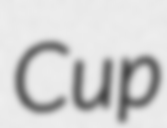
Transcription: Cup